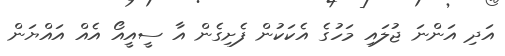
އަދި އަންނަ ޖުލައި މަހުގެ އެކަކުން ފެށިގެން އާ ސީއީއޯ އެއް އައްޔަން